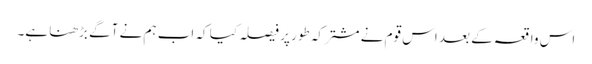
اس واقعہ کے بعد اس قوم نے مشترکہ طور پر فیصلہ کیا کہ اب ہم نے آگے بڑھنا ہے۔